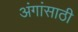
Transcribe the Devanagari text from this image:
अंगांसाठी